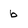
Character: b